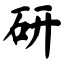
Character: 研